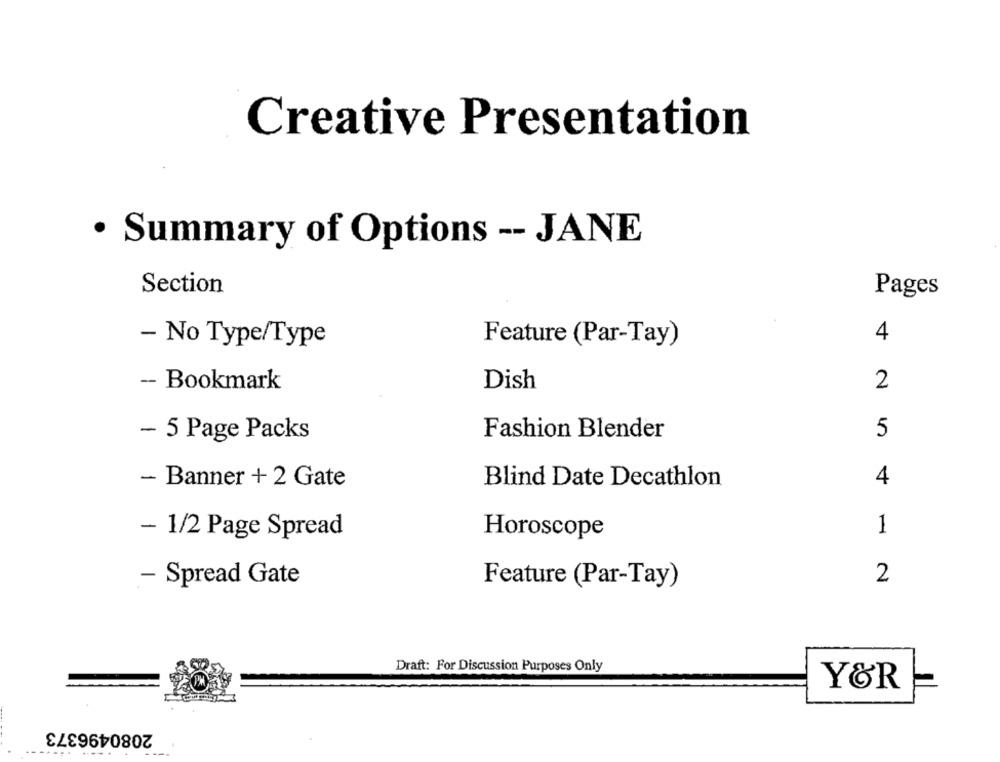
Creative Presentation
· Summary of Options -- JANE
Section
Pages
- No Type/Type
Feature (Par-Tay)
4
- Bookmark
Dish
2
Fashion Blender
5
- 5 Page Packs
4
- Banner + 2 Gate
Blind Date Decathlon
- 1/2 Page Spread
Horoscope
1
2
- Spread Gate
Feature (Par-Tay)
Draft: For Discussion Purposes Only
Y&R
2080496373